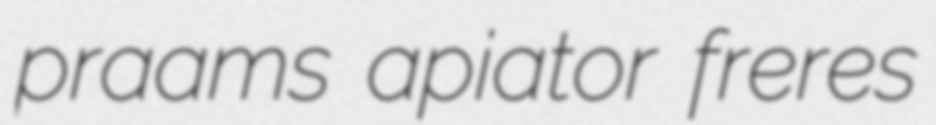
praams apiator freres